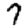
Digit: 7